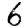
Digit: 6